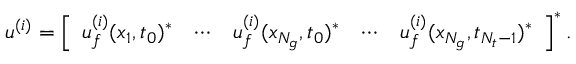
\begin{array} { r } { \boldsymbol { u } ^ { ( i ) } = \left[ \begin{array} { l l l l l } { \boldsymbol { u } _ { f } ^ { ( i ) } ( \boldsymbol { x } _ { 1 } , t _ { 0 } ) ^ { * } } & { \cdots } & { \boldsymbol { u } _ { f } ^ { ( i ) } ( \boldsymbol { x } _ { N _ { g } } , t _ { 0 } ) ^ { * } } & { \cdots } & { \boldsymbol { u } _ { f } ^ { ( i ) } ( \boldsymbol { x } _ { N _ { g } } , t _ { N _ { t } - 1 } ) ^ { * } } \end{array} \right] ^ { * } . } \end{array}